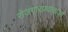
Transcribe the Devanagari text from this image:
रोजगारप्रदाताओं